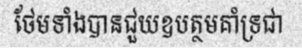
ថែមទាំងបានជួយឧបត្ថមគាំទ្រជា